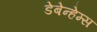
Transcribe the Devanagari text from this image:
डेबेन्हेम्स